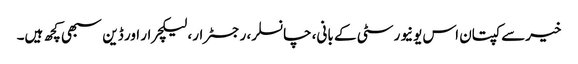
خیرسے کپتان اس یونیورسٹی کے بانی، چانسلر، رجسٹرار، لیکچرار اور ڈین سبھی کچھ ہیں۔